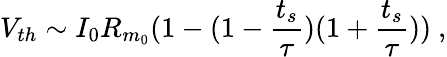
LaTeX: V_{th}\sim I_{0}R_{m_{0}}(1-(1-\frac{t_{s}}{\tau})(1+\frac{t_{s}}{\tau}))~,